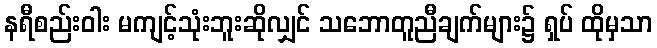
နရီစည်းဝါး မကျင့်သုံးဘူးဆိုလျှင် သဘောတူညီချက်များ၌ ရှပ် ထိုမှသာ